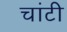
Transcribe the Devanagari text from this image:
चांटी